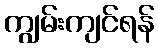
ကျွမ်းကျင်ရန်